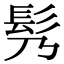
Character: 䯮